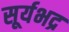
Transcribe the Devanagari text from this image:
सूर्यभद्र